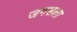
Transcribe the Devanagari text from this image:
जनसत्‍ता